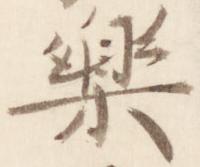
楽